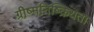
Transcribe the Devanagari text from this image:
ग्रीष्मनिष्क्रियता